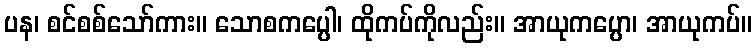
ပန၊ စင်စစ်သော်ကား။ သောစကပ္ပေါ၊ ထိုကပ်ကိုလည်း။ အာယုကပ္ပော၊ အာယုကပ်။